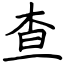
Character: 查